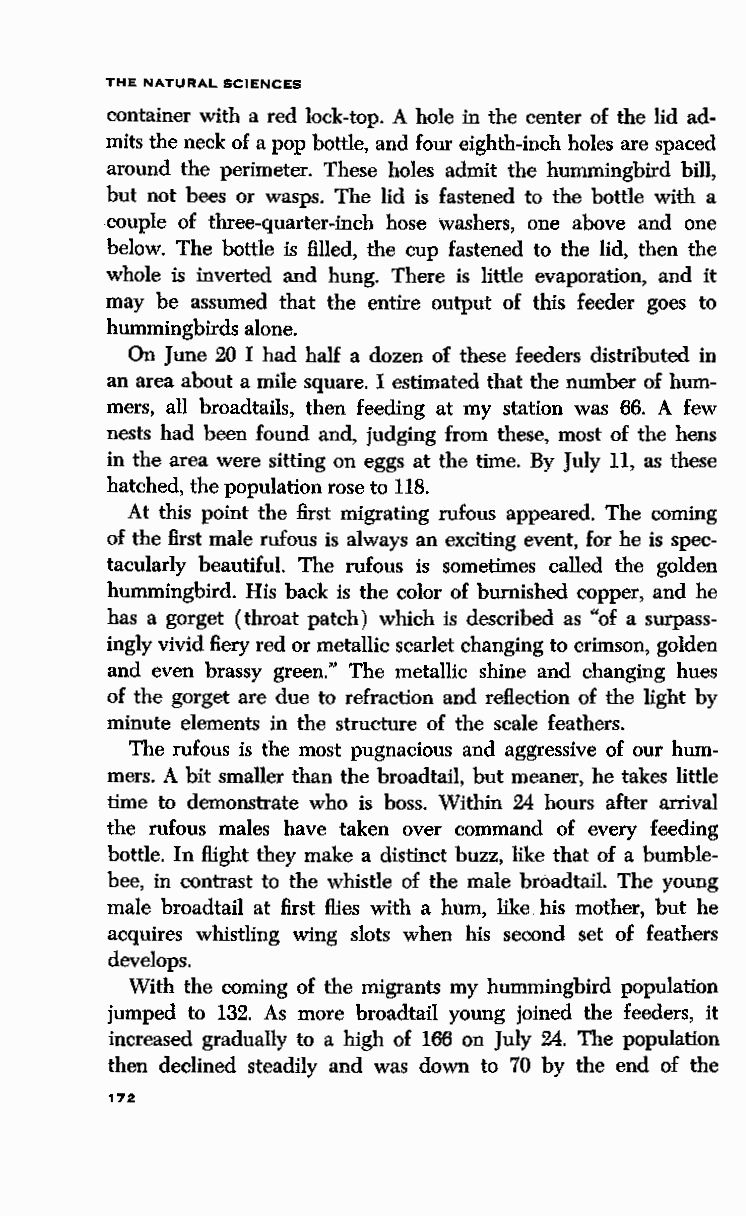
THE NATURAL SCIENCES
 container with a red lock-top. A hole in the center of the lid ad
 mits the neck of a pop bottle, and four eighth-inch holes are spaced
 around the perimeter. These holes admit the hummingbird bill,
 but not bees or wasps. The lid is fastened to the bottle with a
 couple of three-quarter-inch hose washers, one above and one
 below. The bottle is filled, the cup fastened to the lid, then the
 whole is inverted and hung. There is little evaporation, and it
 may be assumed that the entire output of this feeder goes to
 hummingbirds alone.
 On June 20 I had half a dozen of these feeders distributed in
 an area about a mile square. I estimated that the number of hum
 mers, all broadtails, then feeding at my station was 66. A few
 nests had been found and, judging from these, most of the hens
 in the area were sitting on eggs at the time. By July 11, as these
 hatched, the population rose to 118.
 At this point the first migrating rufous appeared. The coming
 of the first male rufous is always an exciting event, for he is spec
 tacularly beautiful. The rufous is sometimes called the golden
 hummingbird. His back is the color of burnished copper, and he
 has a gorget (throat patch) which is described as "of a surpass
 ingly vivid fiery red or metallic scarlet changing to crimson, golden
 and even brassy green." The metallic shine and changing hues
 of the gorget are due to refraction and reflection of the light by
 minute elements in the structure of the scale feathers.
 The rufous is the most pugnacious and aggressive of our hum
 mers. A bit smaller than the broadtail, but meaner, he takes little
 time to demonstrate who is boss. Within 24 hours after arrival
 the rufous males have taken over command of every feeding
 bottle. In flight they make a distinct buzz, like that of a bumble
 bee, in contrast to the whistle of the male broadtail. The young
 male broadtail at first flies with a hum, like his mother, but he
 acquires whistling wing slots when his second set of feathers
 develops.
 With the coming of the migrants my hummingbird population
 jumped to 132. As more broadtail young joined the feeders, it
 increased gradually to a high of 166 on July 24. The population
 then declined steadily and was down to 70 by the end of the
 172